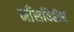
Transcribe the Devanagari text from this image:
माँसविहीन